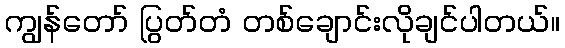
ကျွန်တော် ပြွတ်တံ တစ်ချောင်းလိုချင်ပါတယ်။